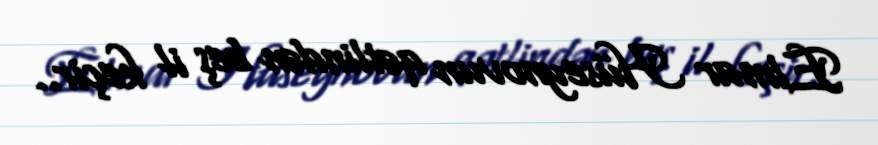
Elmar Hüseynovun qətlindən beş il keçir..